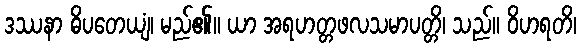
ဒဿနာ ဓိပတေယျံ၊ မည်၏။ ယာ အရဟတ္တဖလသမာပတ္တိ၊ သည်။ ဝိဟရတိ၊